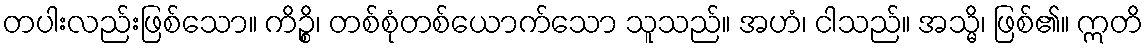
တပါးလည်းဖြစ်သော။ ကိဉ္စိ၊ တစ်စုံတစ်ယောက်သော သူသည်။ အဟံ၊ ငါသည်။ အသ္မိ၊ ဖြစ်၏။ ဣတိ